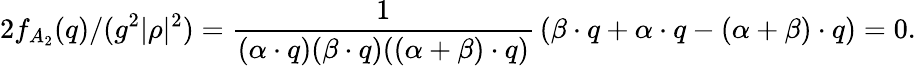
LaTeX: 2f_{A_{2}}(q)/(g^{2}|\rho|^{2})={\frac{1}{(\alpha\cdot q)(\beta\cdot q)((\alpha+\beta)\cdot q)}}\left(\beta\cdot q+\alpha\cdot q-(\alpha+\beta)\cdot q\right)=0.